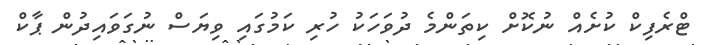
ޓްރެފިކް ކުށެއް ނުކޮށް ކިތަންމެ ދުވަހަކު ހުރި ކަމުގައި ވިޔަސް ނުގަވައިދުން ޕާކް